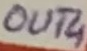
Text: OUT4